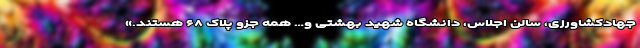
جهادکشاورزی، سالن اجلاس، دانشگاه شهید بهشتی و… همه جزو پلاک ۶۸ هستند.»